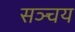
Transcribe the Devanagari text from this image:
सञ्चय